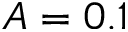
A = 0 . 1